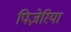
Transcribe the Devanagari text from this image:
पिज़ेरिया